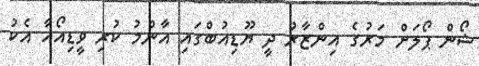
ޝޯން ޕޯލަށް މަރުގެ އިންޒާރު ދީ ޔޫޑިއުބްގައި އާންމު ކުރި ވީޑިއޯއާ އެކު